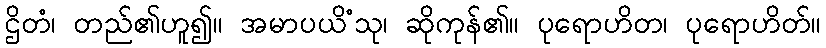
ဌိတံ၊ တည်၏ဟူ၍။ အမာပယိံသု၊ ဆိုကုန်၏။ ပုရောဟိတ၊ ပုရောဟိတ်။